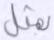
بمثل